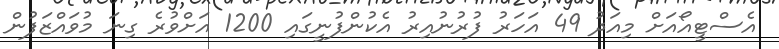
އެސްޓީއޯއަށް މިއަދު 49 އަހަރު ފުރުނުއިރު އެކުންފުނީގައި 1200 އަށްވުރެ ގިނަ މުވައްޒަފުން